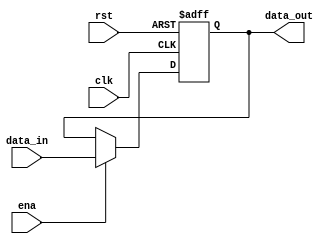
`timescale 1ns / 1ps
//////////////////////////////////////////////////////////////////////////////////
// Company: 
// Engineer: 
// 
// Design Name: 
// Module Name: Y
// Project Name: 
// Target Devices: 
// Tool Versions: 
// Description: 
// 
// Dependencies: 
// 
// Revision:
// Revision 0.01 - File Created
// Additional Comments:
// 
//////////////////////////////////////////////////////////////////////////////////


module Y
(
input clk,rst,ena,
input [31:0]data_in,
output reg [31:0] data_out
);

always@(posedge clk or posedge rst)
begin
if (rst)
    data_out <= 0;
else if (ena)
    data_out <= data_in;
else
    data_out <= data_out;
end
endmodule